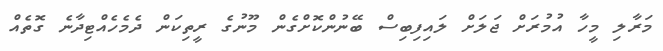
މަރާލި މީހާ އުމުރަށް ޖަލަށް ލައިފިބިސް ބޭނުންކޮށްގެން މޫނުގެ ރީތިކަން ދެމެހެއްޓިދާނެ ގޮތެއް